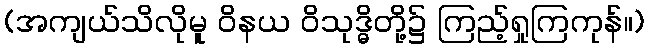
(အကျယ်သိလိုမူ ဝိနယ ဝိသုဒ္ဓိတို့၌ ကြည့်ရှုကြကုန်။)